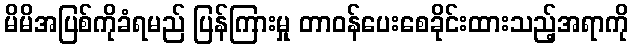
မိမိအပြစ်ကိုခံရမည် ပြန်ကြားမှု တာဝန်ပေးစေခိုင်းထားသည့်အရာကို